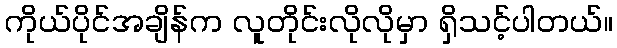
ကိုယ်ပိုင်အချိန်က လူတိုင်းလိုလိုမှာ ရှိသင့်ပါတယ်။